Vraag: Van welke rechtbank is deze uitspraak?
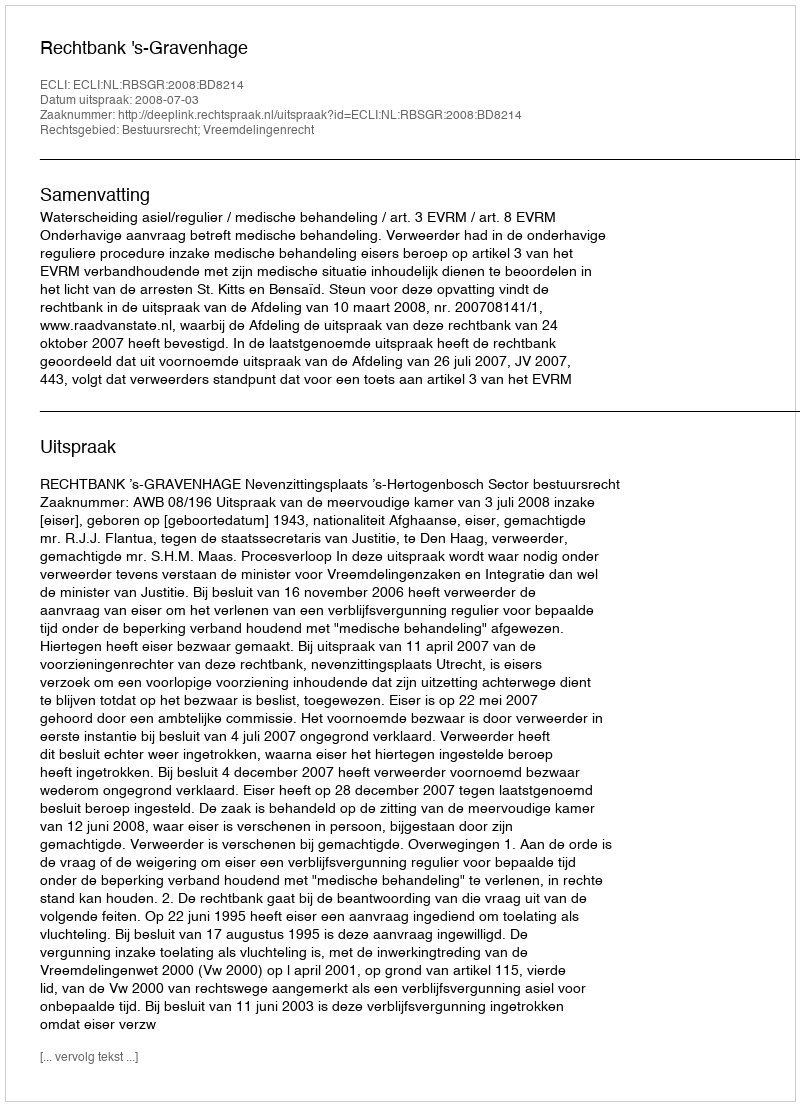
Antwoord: Rechtbank 's-Gravenhage